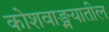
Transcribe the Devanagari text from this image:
कोशवाङ्मयातील